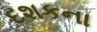
દશકના